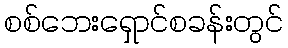
စစ်ဘေးရှောင်စခန်းတွင်